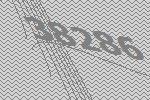
38286